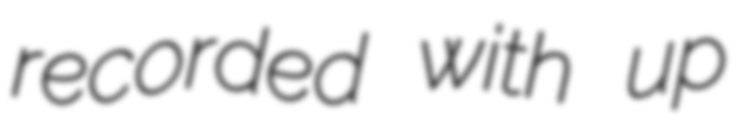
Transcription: recorded with up